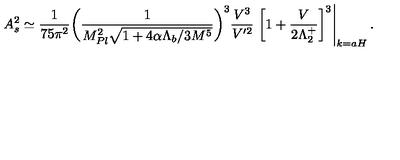
A _ { \sc s } ^ { 2 } \simeq \frac { 1 } { 7 5 \pi ^ { 2 } } \bigg ( \frac { 1 } { M _ { P l } ^ { 2 } \sqrt { 1 + 4 \alpha \Lambda _ { b } / 3 M ^ { 5 } } } \bigg ) ^ { 3 } { \frac { V ^ { 3 } } { V ^ { \prime 2 } } } \left. \left[ 1 + \frac { V } { 2 \Lambda _ { 2 } ^ { + } } \right] ^ { 3 } \right| _ { k = a H } .